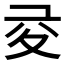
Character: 𡕡